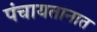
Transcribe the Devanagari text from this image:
पंचायतानात